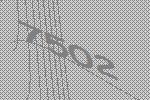
7502